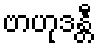
ဗာဟုဒန္တီ